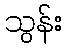
သွန်း